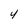
Character: 4